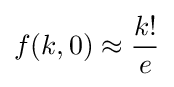
f(k,0)\approx {\frac {k!}{e}}